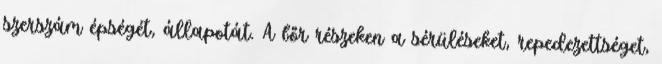
szerszám épségét, állapotát. A bőr részeken a sérüléseket, repedezettséget,